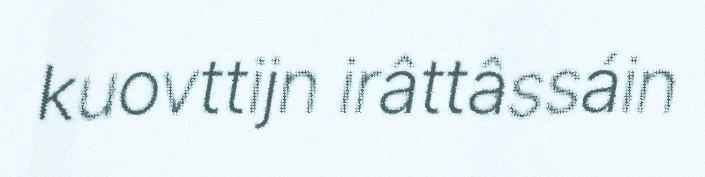
kuovttijn irâttâssáin